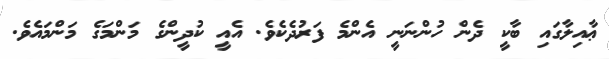
ޢާއިލާގައި ބާކީ ދެން ހުންނަނީ އެންމެ ފަރުދެކެވެ. އެއީ ކުދީންގެ މަންމަގެ މަންމައެވެ.